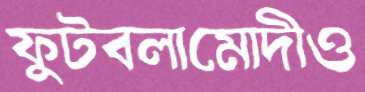
ফুটবলামোদীও